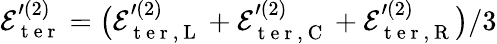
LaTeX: \mathcal{E}_{\mathrm{~t~e~r~}}^{\prime{(2)}}=\big(\mathcal{E}_{\mathrm{~t~e~r~},\mathrm{~L~}}^{\prime{(2)}}+\mathcal{E}_{\mathrm{~t~e~r~},\mathrm{~C~}}^{\prime{(2)}}+\mathcal{E}_{\mathrm{~t~e~r~},\mathrm{~R~}}^{\prime{(2)}}\big)/3